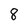
Character: 8